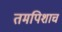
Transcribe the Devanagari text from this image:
तमपिशाच